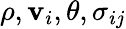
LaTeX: \rho,\mathbf{v}_{i},\theta,\sigma_{ij}